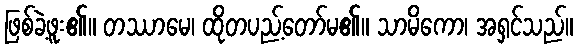
ဖြစ်ခဲ့ဖူး၏။ တဿာမေ၊ ထိုတပည့်တော်မ၏။ သာမိကော၊ အရှင်သည်။